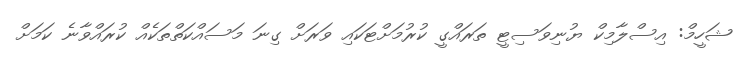
ޝަހީމް: އިސްލާމިކް ޔުނިވަސިޓީ ތަރައްގީ ކުރުމަށްޓަކައި ވަރަށް ގިނަ މަސައްކަތްތަކެއްް ކުރައްވާނެ ކަމަށް